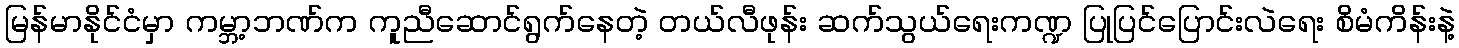
မြန်မာနိုင်ငံမှာ ကမ္ဘာ့ဘဏ်က ကူညီဆောင်ရွက်နေတဲ့ တယ်လီဖုန်း ဆက်သွယ်ရေးကဏ္ဍ ပြုပြင်ပြောင်းလဲရေး စိမံကိန်းနဲ့